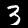
Digit: 3